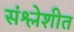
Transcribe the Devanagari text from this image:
संश्लेशीत